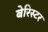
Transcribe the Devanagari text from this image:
बेरिस्टर